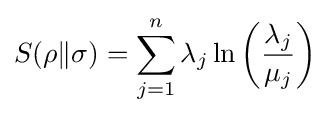
S(\rho \|\sigma )=\sum _{j=1}^{n}\lambda _{j}\ln \left({\frac {\lambda _{j}}{\mu _{j}}}\right)